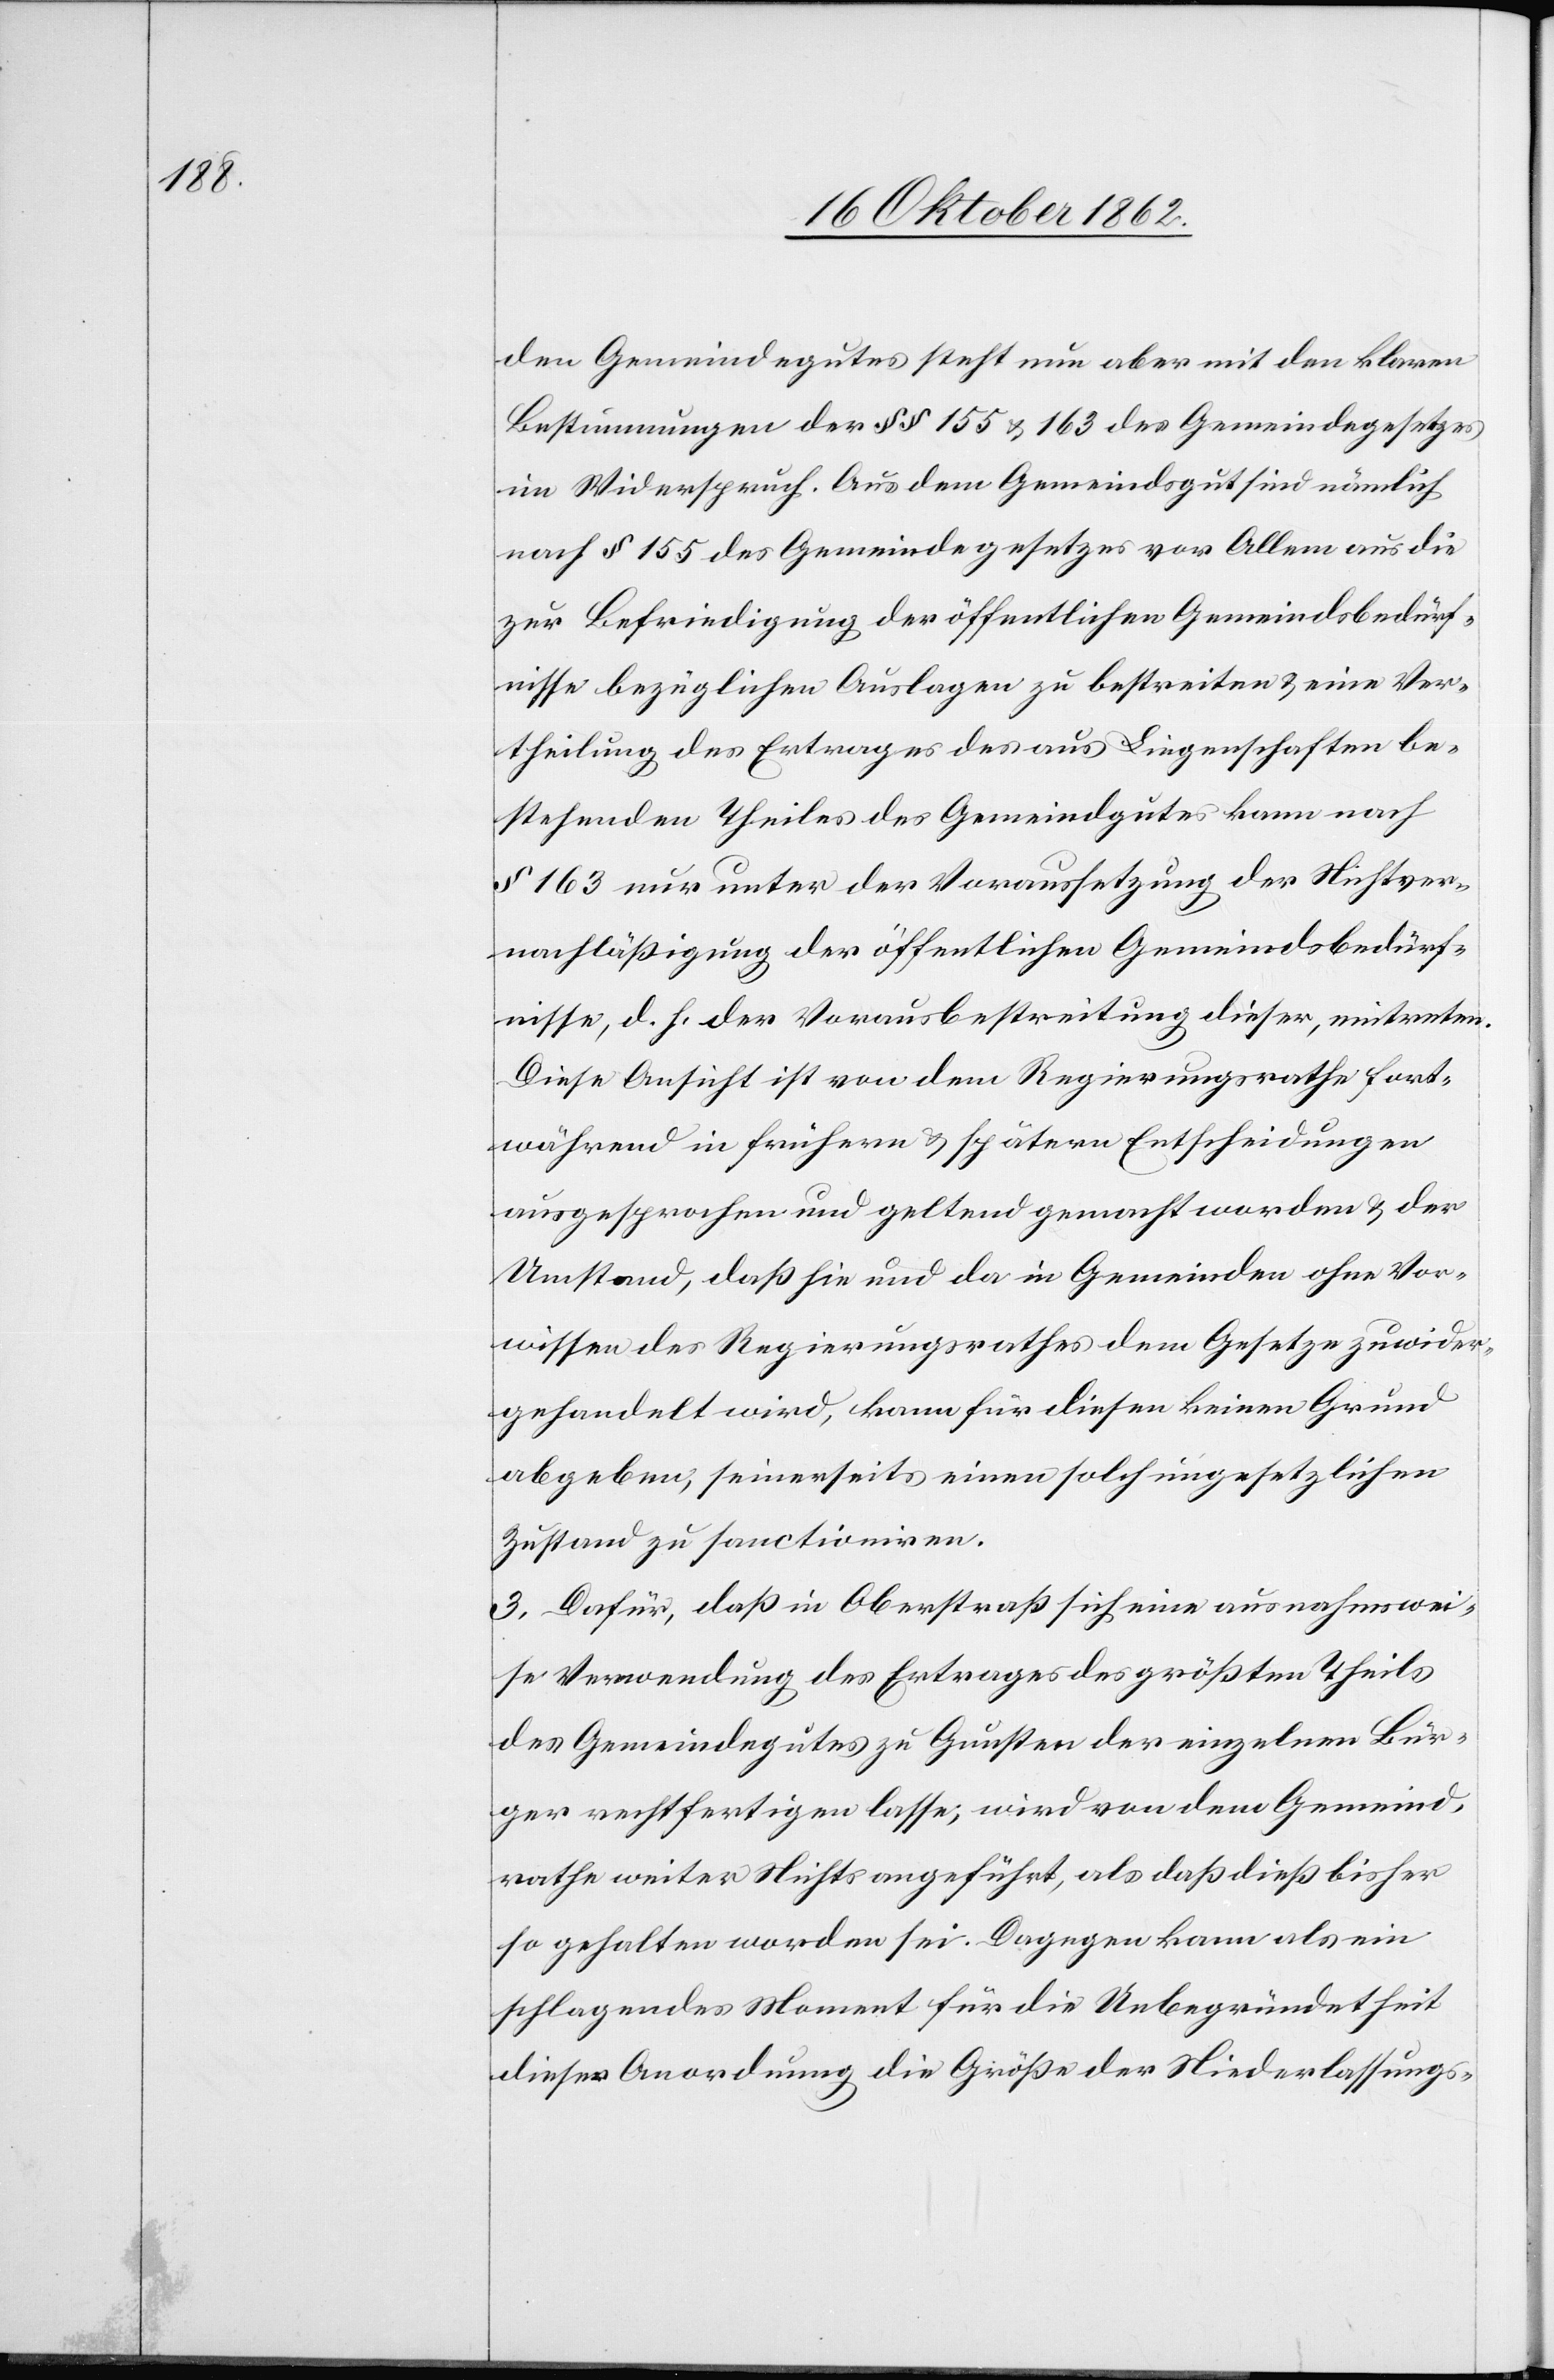
den Gemeindegutes steht nun aber mit den klaren
Bestimmungen der §§ 155 u. 163 des Gemeindegesetzes
im Widerspruch. Aus dem Gemeindsgut sind nämlich
nach § 155 des Gemeindegesetzes vor Allem aus die
zur Befriedigung der öffentlichen Gemeindsbedürf¬
nisse bezüglichen Auslagen zu bestreiten u. eine Ver¬
theilung des Ertrages des aus Liegenschaften be¬
stehenden Theiles des Gemeindgutes kann nach
§ 163 nur unter der Voraussetzung der Nichtver¬
nachläßigung der öffentlichen Gemeindsbedürf¬
nisse, d. h. der Vorausbestreitung dieser, eintreten.
Diese Ansicht ist von dem Regierungsrathe fort¬
während in frühern u. spätern Entscheidungen
ausgesprochen und geltend gemacht worden u. der
Umstand, daß hie und da in Gemeinden ohne Vor¬
wissen des Regierungsrathes dem Gesetze zuwider¬
gehandlet wird, kann für diesen keinen Grund
abgeben, seinerseits einen solch ungesetzlichen
Zustand zu sanctioniren.
3. Dafür, daß in Oberstraß sich eine ausnahmswei¬
se Verwendung des Ertrags des größten Theils
des Gemeindegutes zu Gunsten der einzelnen Bür¬
ger rechtfertigen lasse, wird von dem Gemeind¬
rathe weiter Nichts angeführt, als daß dieß bisher
so gehalten worden sei. Dagegen kann als ein
schlagendes Moment für die Unbegründetheit
dieser Anordnung die Größe der Niederlassungs-